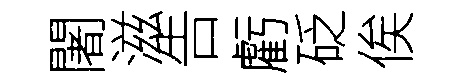
闍滋告虧砭俟